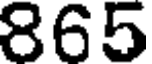
865